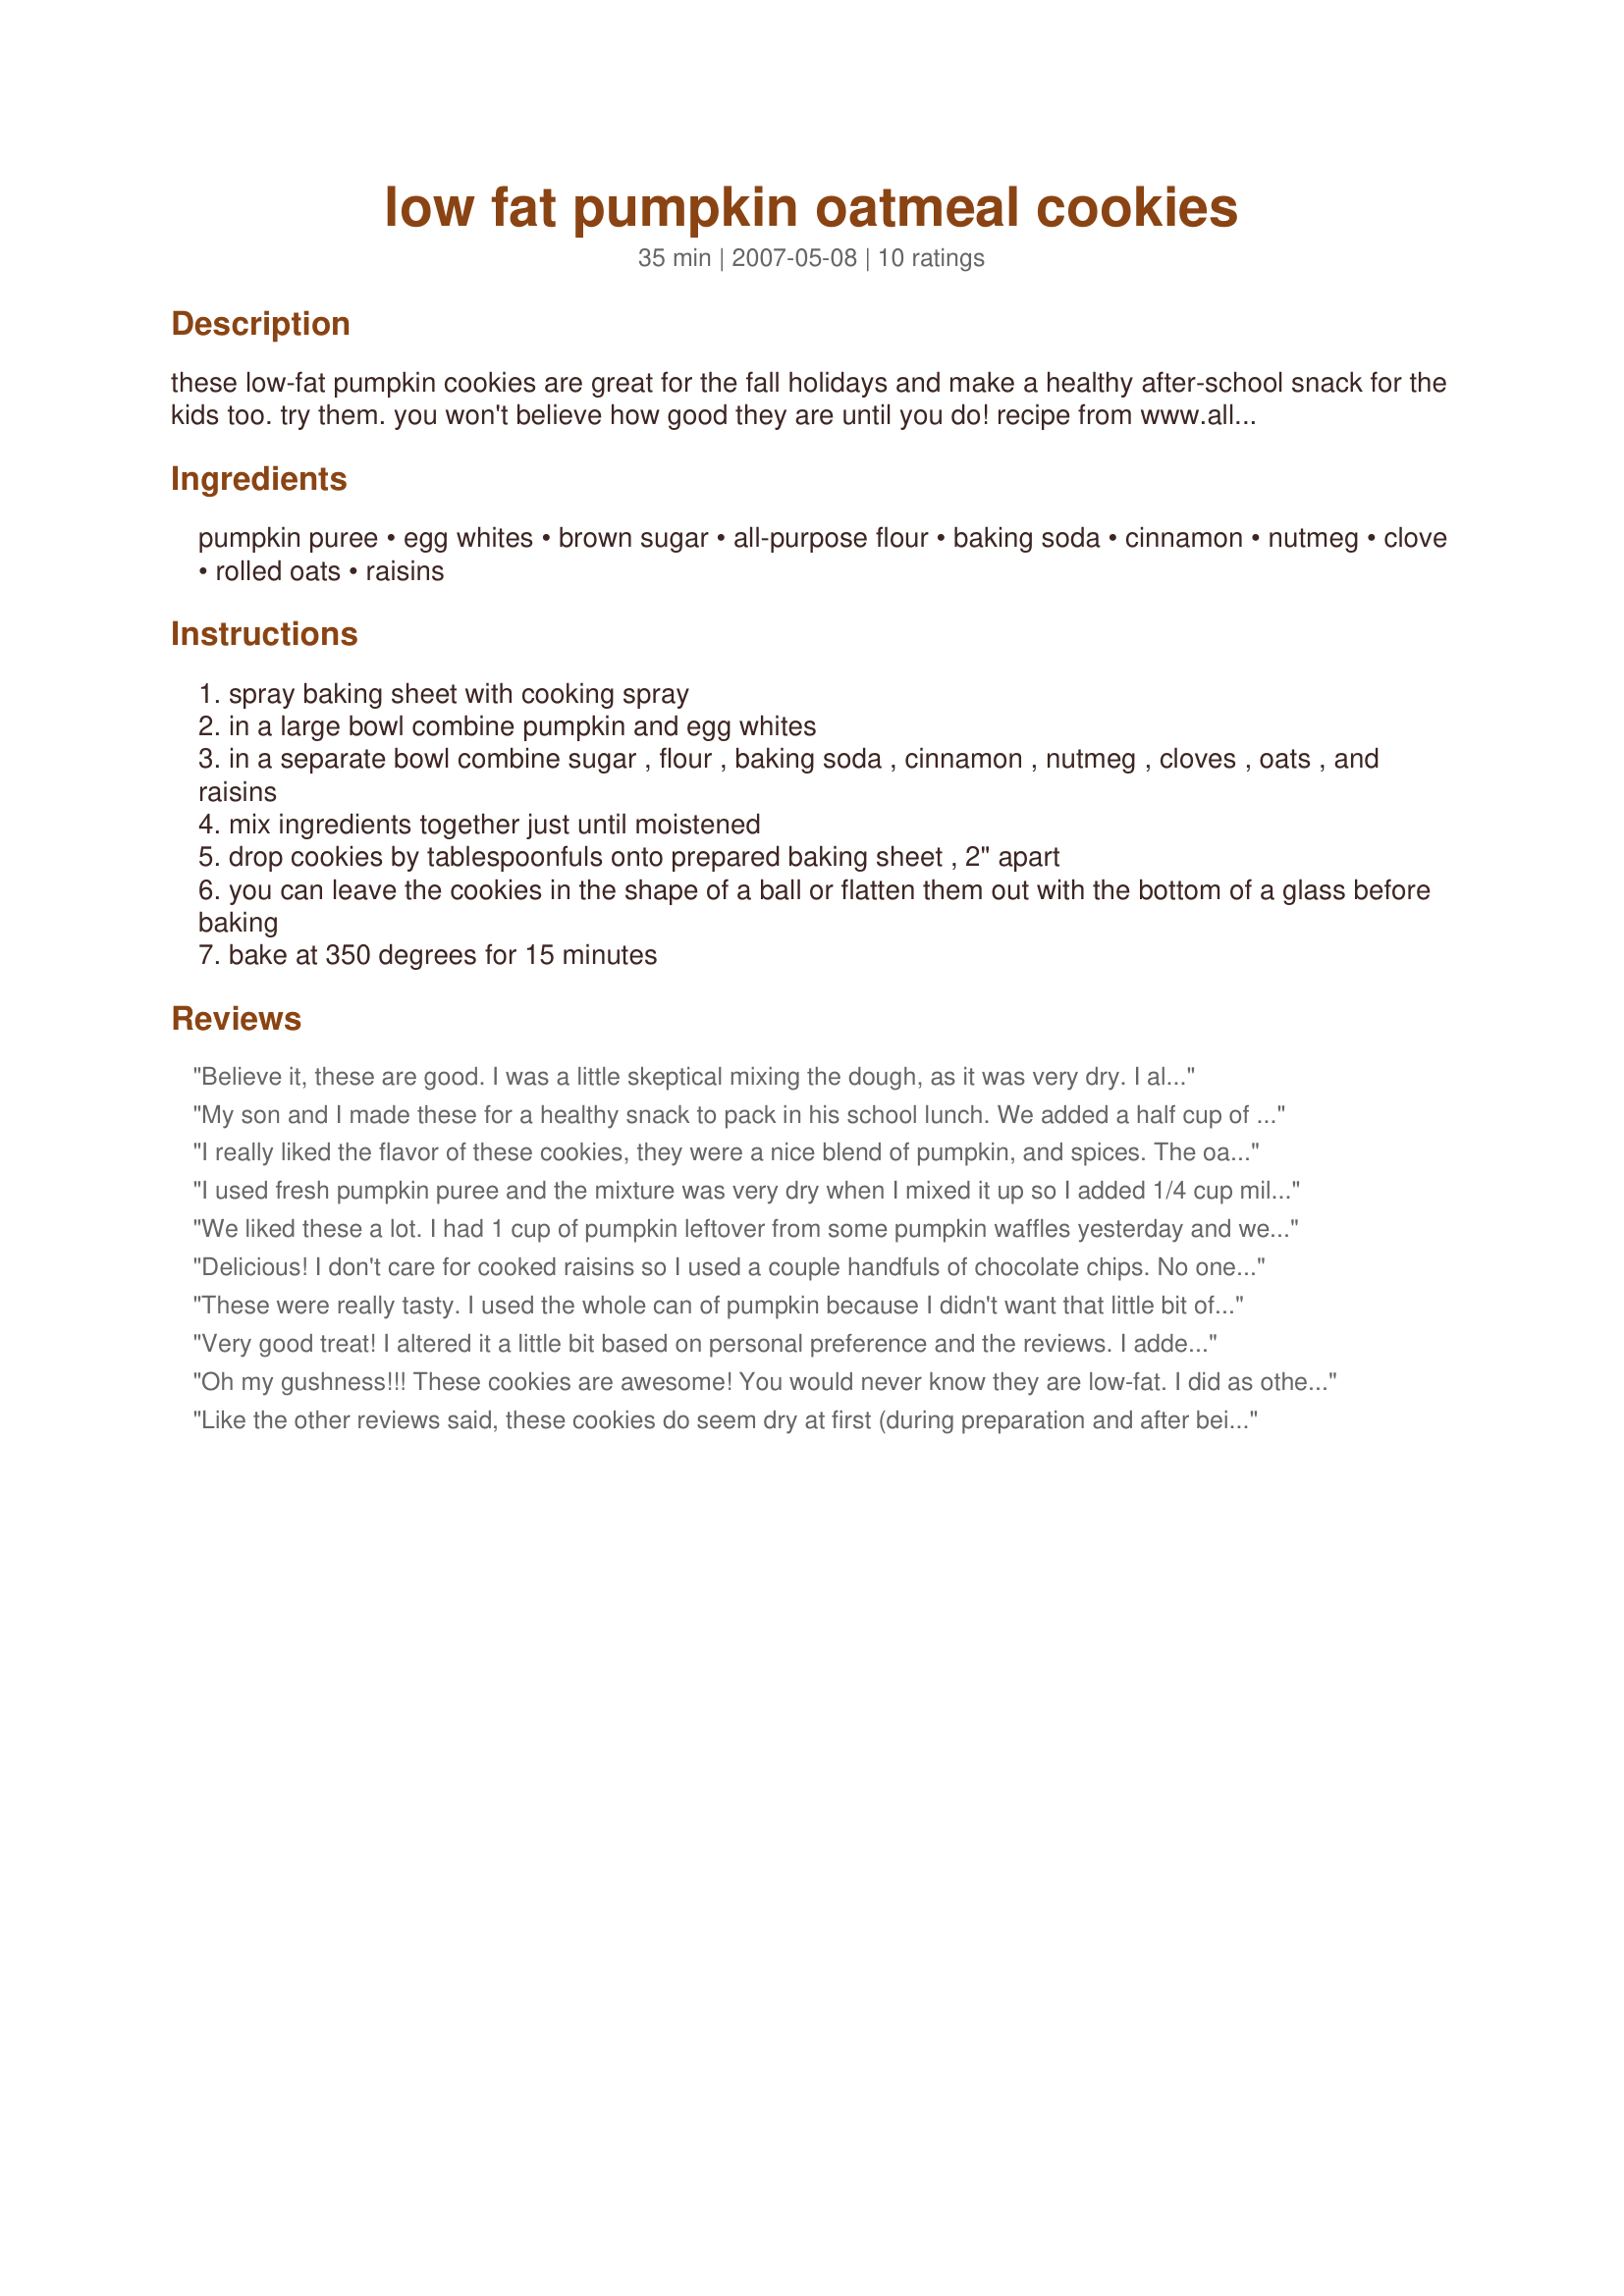
low fat pumpkin oatmeal cookies
Preparation time: 35 minutes

these low-fat pumpkin cookies are great for the fall holidays and make a healthy after-school snack for the kids too. try them. you won't believe how good they are until you do! recipe from www.allhomemadecookies.com

Ingredients:
pumpkin puree, egg whites, brown sugar, all-purpose flour, baking soda, cinnamon, nutmeg, clove, rolled oats, raisins

Steps:
spray baking sheet with cooking spray
in a large bowl combine pumpkin and egg whites
in a separate bowl combine sugar , flour , baking soda , cinnamon , nutmeg , cloves , oats , and raisins
mix ingredients together just until moistened
drop cookies by tablespoonfuls onto prepared baking sheet , 2" apart
you can leave the cookies in the shape of a ball or flatten them out with the bottom of a glass before baking
bake at 350 degrees for 15 minutes

Reviews:
Believe it, these are good. I was a little skeptical mixing the dough, as it was very dry. I almost added water but held off. When they came out of the oven, the oatmeal still seemed a little dry, though the cookies were tasty. But I put them in an airtight bag, and the next morning, they were perfect! So give them a chance to rest, and you won't be disappointed.
My son and I made these for a healthy snack to pack in his school lunch. We added a half cup of non-fat plain yougurt and they are tasty and chewy! We will make these again!
I really liked the flavor of these cookies, they were a nice blend of pumpkin, and spices. The oat texture was great also. They do look a bit dry coming out of the oven, but I will take the advice of the 1st reviewer and see if that will make a difference in the dryness. A big plus for me is that these cookies are good for you!!! I will definately be making these again.
I used fresh pumpkin puree and the mixture was very dry when I mixed it up so I added 1/4 cup milk. I also subbed dried cranberries for the raisins and left out the cloves. These turned out moist right out of the oven and bread-like (probably because I added milk). I really like how they turned out, though. With the addition of milk they are almost like dense muffins.
We liked these a lot. I had 1 cup of pumpkin leftover from some pumpkin waffles yesterday and went searching for a good recipe to use it up. Luckily I found this one! I used 1/2 cup splenda brown (you are supposed to use it at half strength) and used 1/2 raisins 1/2 mini chocolate chips. I also used white wheat flour. We thought these were spicy and sweet and almost chewy. We didn't find them too dry at all, though I may have used a tad more pumpkin then called for (I just used up with was in my container) and I had soaked my raisins in water as they were little lumps. There probably remained a bit of water on them. I found the batter a little tough the mix, but the end result was definitely worth it. Thanks so much for sharing this one.
Delicious! I don't care for cooked raisins so I used a couple handfuls of chocolate chips. No one even suspected these were low fat. I served them to some friends and everyone loved them. It's our new favorite snack!
These were really tasty. I used the whole can of pumpkin because I didn't want that little bit of leftover, and I subbed chocolate chips for the raisins because I love the pumpkin/chocolate combination.
Very good treat! I altered it a little bit based on personal preference and the reviews. I added a tad more pumpkin puree than was called for, a dash of salt, vanilla extract, ground multigrain bran mix, and then did half with raisins for my wife and chocolate chips for me. Since I didn't have some of the spices, I used a lot of cinnamon and pumpkin pie spice. They were perfectly moist and chewy, and nice to have a low fat treat that doesn't taste l like it!
Oh my gushness!!! These cookies are awesome! You would never know they are low-fat. I did as others suggested and added a little extra pumkin puree (I used the canned Libbys) and about 2 tablespoons of milk. I also didn't have nutmeg and I don't like clove so I added allspice in lieu of (1/2tsp) They are so moist and delicious. They are dense little cakes. I love this recipe. This is a TOP FIVE for us. Healthy and delish!!!!
Like the other reviews said, these cookies do seem dry at first (during preparation and after being baked) but allowing them to set for a day they did become very moist. At first, I wasn't sure I liked them but I tried them again and I enjoyed them. I used wheat flour because that's what I had available and I left out the raisins.
